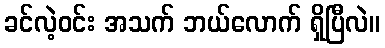
ခင်လဲ့ဝင်း အသက် ဘယ်လောက် ရှိပြီလဲ။